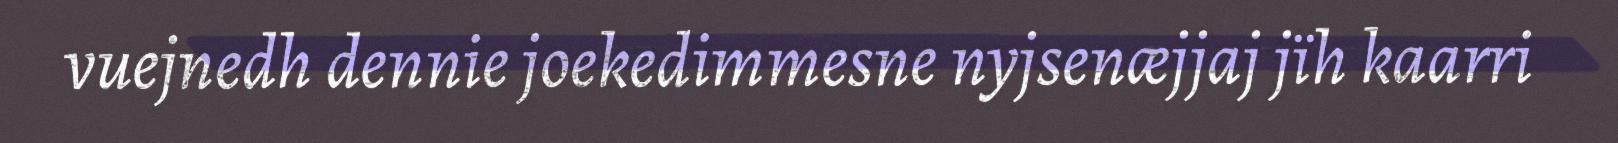
vuejnedh dennie joekedimmesne nyjsenæjjaj jïh kaarri